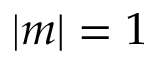
| m | = 1